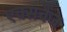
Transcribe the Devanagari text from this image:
एक्सचैंज